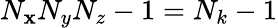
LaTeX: N_{\mathbf{x}}N_{y}N_{z}-1=N_{k}-1